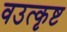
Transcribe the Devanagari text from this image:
वउत्कृष्ट